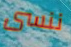
ننسى